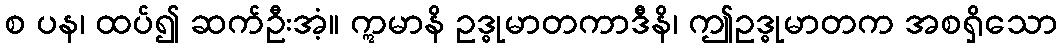
စ ပန၊ ထပ်၍ ဆက်ဦးအံ့။ ဣမာနိ ဥဒ္ဓုမာတကာဒီနိ၊ ဤဥဒ္ဓုမာတက အစရှိသော